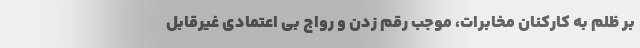
بر ظلم به کارکنان مخابرات، موجب رقم زدن و رواج بی اعتمادی غیرقابل